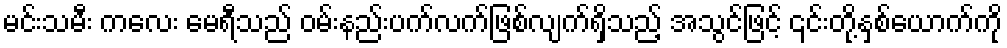
မင်းသမီး ကလေး မေရီသည် ဝမ်းနည်းပက်လက်ဖြစ်လျက်ရှိသည့် အသွင်ဖြင့် ၎င်းတို့နှစ်ယောက်ကို